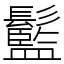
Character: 䰐